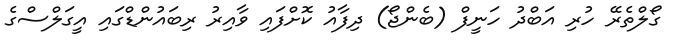
ގޯލްތެރޭ ހުރި އަބްދު ހަނީފް (ބެންޖޯ) ދިފާއު ކޮށްފައި ވާއިރު ރިބައުންޑްގައި އީގަލްސްގެ